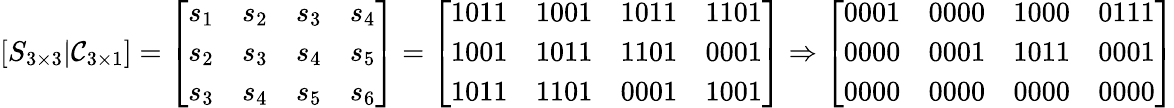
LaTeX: \left[S_{3\times3}|\mathcal{C}_{3\times1}\right]={\left[\begin{array}{llll}{s_{1}}&{s_{2}}&{s_{3}}&{s_{4}}\\ {s_{2}}&{s_{3}}&{s_{4}}&{s_{5}}\\ {s_{3}}&{s_{4}}&{s_{5}}&{s_{6}}\end{array}\right]}={\left[\begin{array}{llll}{1011}&{1001}&{1011}&{1101}\\ {1001}&{1011}&{1101}&{0001}\\ {1011}&{1101}&{0001}&{1001}\end{array}\right]}\Rightarrow{\left[\begin{array}{llll}{0001}&{0000}&{1000}&{0111}\\ {0000}&{0001}&{1011}&{0001}\\ {0000}&{0000}&{0000}&{0000}\end{array}\right]}